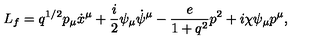
L _ { f } = q ^ { 1 / 2 } p _ { \mu } \dot { x } ^ { \mu } + \frac { i } { 2 } \psi _ { \mu } \dot { \psi } ^ { \mu } - \frac { e } { 1 + q ^ { 2 } } p ^ { 2 } + i \chi \psi _ { \mu } p ^ { \mu } ,